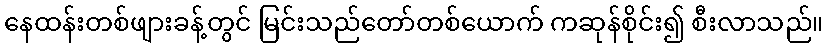
နေထန်းတစ်ဖျားခန့်တွင် မြင်းသည်တော်တစ်ယောက် ကဆုန်စိုင်း၍ စီးလာသည်။